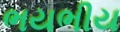
ભયભીય